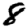
Digit: 8